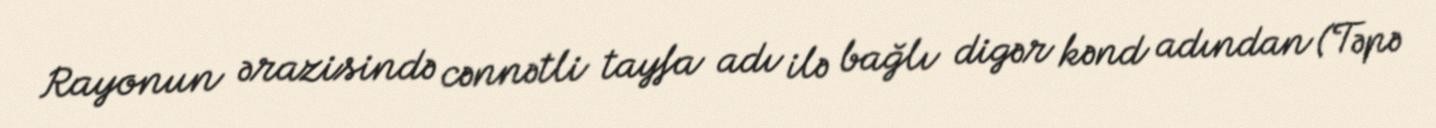
Rayonun ərazisində cənnətli tayfa adı ilə bağlı digər kənd adından (Təpə